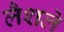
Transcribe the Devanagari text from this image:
लैशले